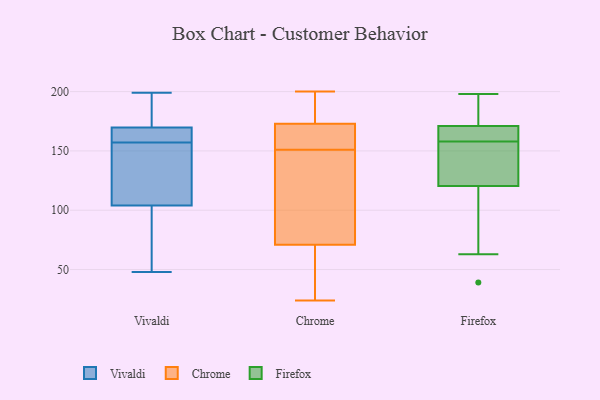
{"axis": {"x": "Website Visitors", "y": "Value"}, "legend": ["Chrome", "Firefox", "Vivaldi"], "data": [{"x": "", "y": 167, "type": "Vivaldi"}, {"x": "", "y": 170, "type": "Vivaldi"}, {"x": "", "y": 101, "type": "Vivaldi"}, {"x": "", "y": 74, "type": "Vivaldi"}, {"x": "", "y": 181, "type": "Vivaldi"}, {"x": "", "y": 153, "type": "Vivaldi"}, {"x": "", "y": 157, "type": "Vivaldi"}, {"x": "", "y": 113, "type": "Vivaldi"}, {"x": "", "y": 199, "type": "Vivaldi"}, {"x": "", "y": 48, "type": "Vivaldi"}, {"x": "", "y": 169, "type": "Vivaldi"}, {"x": "", "y": 147, "type": "Chrome"}, {"x": "", "y": 197, "type": "Chrome"}, {"x": "", "y": 80, "type": "Chrome"}, {"x": "", "y": 133, "type": "Chrome"}, {"x": "", "y": 168, "type": "Chrome"}, {"x": "", "y": 29, "type": "Chrome"}, {"x": "", "y": 29, "type": "Chrome"}, {"x": "", "y": 200, "type": "Chrome"}, {"x": "", "y": 176, "type": "Chrome"}, {"x": "", "y": 158, "type": "Chrome"}, {"x": "", "y": 62, "type": "Chrome"}, {"x": "", "y": 24, "type": "Chrome"}, {"x": "", "y": 32, "type": "Chrome"}, {"x": "", "y": 155, "type": "Chrome"}, {"x": "", "y": 184, "type": "Chrome"}, {"x": "", "y": 161, "type": "Chrome"}, {"x": "", "y": 170, "type": "Chrome"}, {"x": "", "y": 109, "type": "Chrome"}, {"x": "", "y": 124, "type": "Chrome"}, {"x": "", "y": 186, "type": "Chrome"}, {"x": "", "y": 113, "type": "Firefox"}, {"x": "", "y": 143, "type": "Firefox"}, {"x": "", "y": 39, "type": "Firefox"}, {"x": "", "y": 63, "type": "Firefox"}, {"x": "", "y": 198, "type": "Firefox"}, {"x": "", "y": 162, "type": "Firefox"}, {"x": "", "y": 158, "type": "Firefox"}, {"x": "", "y": 174, "type": "Firefox"}, {"x": "", "y": 156, "type": "Firefox"}, {"x": "", "y": 160, "type": "Firefox"}, {"x": "", "y": 190, "type": "Firefox"}]}